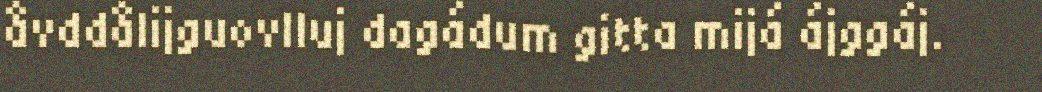
åvddålijguovlluj dagádum gitta mijá ájggáj.